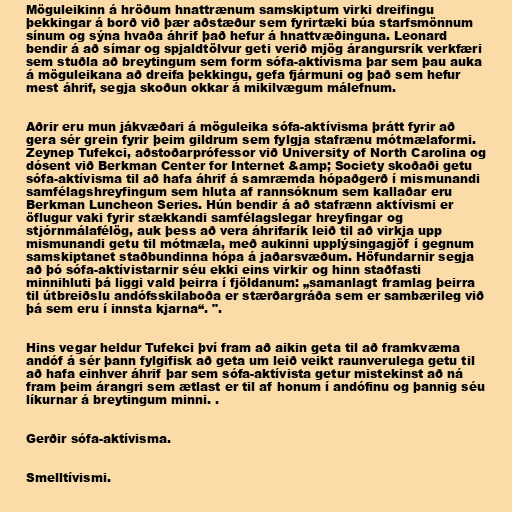
Möguleikinn á hröðum hnattrænum samskiptum virki dreifingu
þekkingar á borð við þær aðstæður sem fyrirtæki búa starfsmönnum
sínum og sýna hvaða áhrif það hefur á hnattvæðinguna. Leonard
bendir á að símar og spjaldtölvur geti verið mjög árangursrík verkfæri
sem stuðla að breytingum sem form sófa-aktívisma þar sem þau auka
á möguleikana að dreifa þekkingu, gefa fjármuni og það sem hefur
mest áhrif, segja skoðun okkar á mikilvægum málefnum.

Aðrir eru mun jákvæðari á möguleika sófa-aktívisma þrátt fyrir að
gera sér grein fyrir þeim gildrum sem fylgja stafrænu mótmælaformi.
Zeynep Tufekci, aðstoðarprófessor við University of North Carolina og
dósent við Berkman Center for Internet &amp; Society skoðaði getu
sófa-aktívisma til að hafa áhrif á samræmda hópaðgerð í mismunandi
samfélagshreyfingum sem hluta af rannsóknum sem kallaðar eru
Berkman Luncheon Series. Hún bendir á að stafrænn aktívismi er
öflugur vaki fyrir stækkandi samfélagslegar hreyfingar og
stjórnmálafélög, auk þess að vera áhrifarík leið til að virkja upp
mismunandi getu til mótmæla, með aukinni upplýsingagjöf í gegnum
samskiptanet staðbundinna hópa á jaðarsvæðum. Höfundarnir segja
að þó sófa-aktívistarnir séu ekki eins virkir og hinn staðfasti
minnihluti þá liggi vald þeirra í fjöldanum: „samanlagt framlag þeirra
til útbreiðslu andófsskilaboða er stærðargráða sem er sambærileg við
þá sem eru í innsta kjarna“. ".

Hins vegar heldur Tufekci því fram að aikin geta til að framkvæma
andóf á sér þann fylgifisk að geta um leið veikt raunverulega getu til
að hafa einhver áhrif þar sem sófa-aktívista getur mistekinst að ná
fram þeim árangri sem ætlast er til af honum í andófinu og þannig séu
líkurnar á breytingum minni. .

Gerðir sófa-aktívisma.

Smelltívismi.